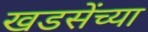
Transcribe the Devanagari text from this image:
खडसेंच्या